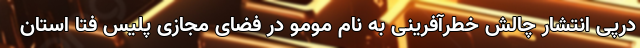
درپی انتشار چالش خطرآفرینی به نام مومو در فضای مجازی پلیس فتا استان